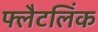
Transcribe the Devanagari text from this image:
फ्लैटलिंक